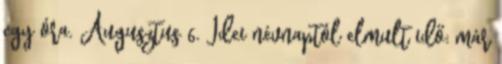
egy óra. Augusztus 6. Idei névnaptól elmult idő: már